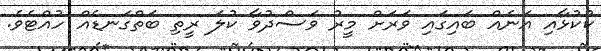
ކުކުޅާއި އަނެއް ބައިގައި ވަރަށް މީރު ވަސްދުވާ ކުލަ ރީތި ބަތްގަނޑެއް ހުއްޓެވެ.